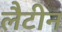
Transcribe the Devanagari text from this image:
लैटीन